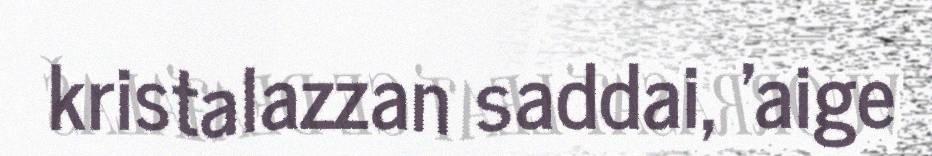
kristalazzan saddai, 'aige